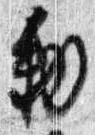
勅